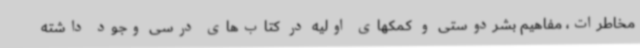
مخاطرات، مفاهیم بشردوستی و کمکهای اولیه در کتاب‌های درسی وجود داشته